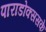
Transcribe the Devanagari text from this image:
पाराडोक्ससके